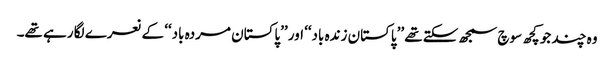
وہ چند جو کچھ سوچ سمجھ سکتے تھے ’’پاکستان زندہ باد‘‘ اور ’’پاکستان مردہ باد‘‘ کے نعرے لگا رہے تھے۔